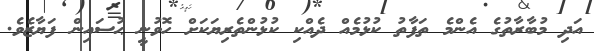
އަދި މުބާރާތުގެ އެންމެ ތަފާތު ކުޅުމެއް ދެއްކި ކުޅުންތެރިޔަކަށް ހޮވުނީ ޙުސައިން ފަޔާޒެވެ.